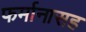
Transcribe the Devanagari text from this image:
फर्मानासह